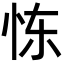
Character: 𫹼